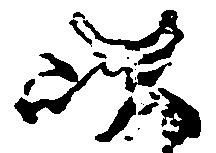
以